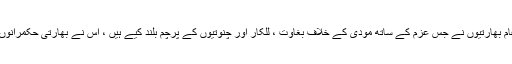
بھارت کے ہر شہر میں عام بھارتیوں نے جس عزم کے ساتھ مودی کے خلاف بغاوت ، للکار اور چنوتیوں کے پرچم بلند کیے ہیں ، اس نے بھارتی حکمرانوں کی نیندیں اُڑا رکھی ہیں ۔